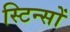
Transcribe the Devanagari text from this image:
स्टिन्सों